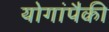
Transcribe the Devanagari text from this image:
योगांपैकी